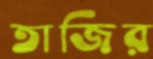
তাজির